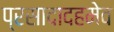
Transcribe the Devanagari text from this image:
प्रसादादहमेव